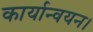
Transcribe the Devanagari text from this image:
कार्यान्वयन।